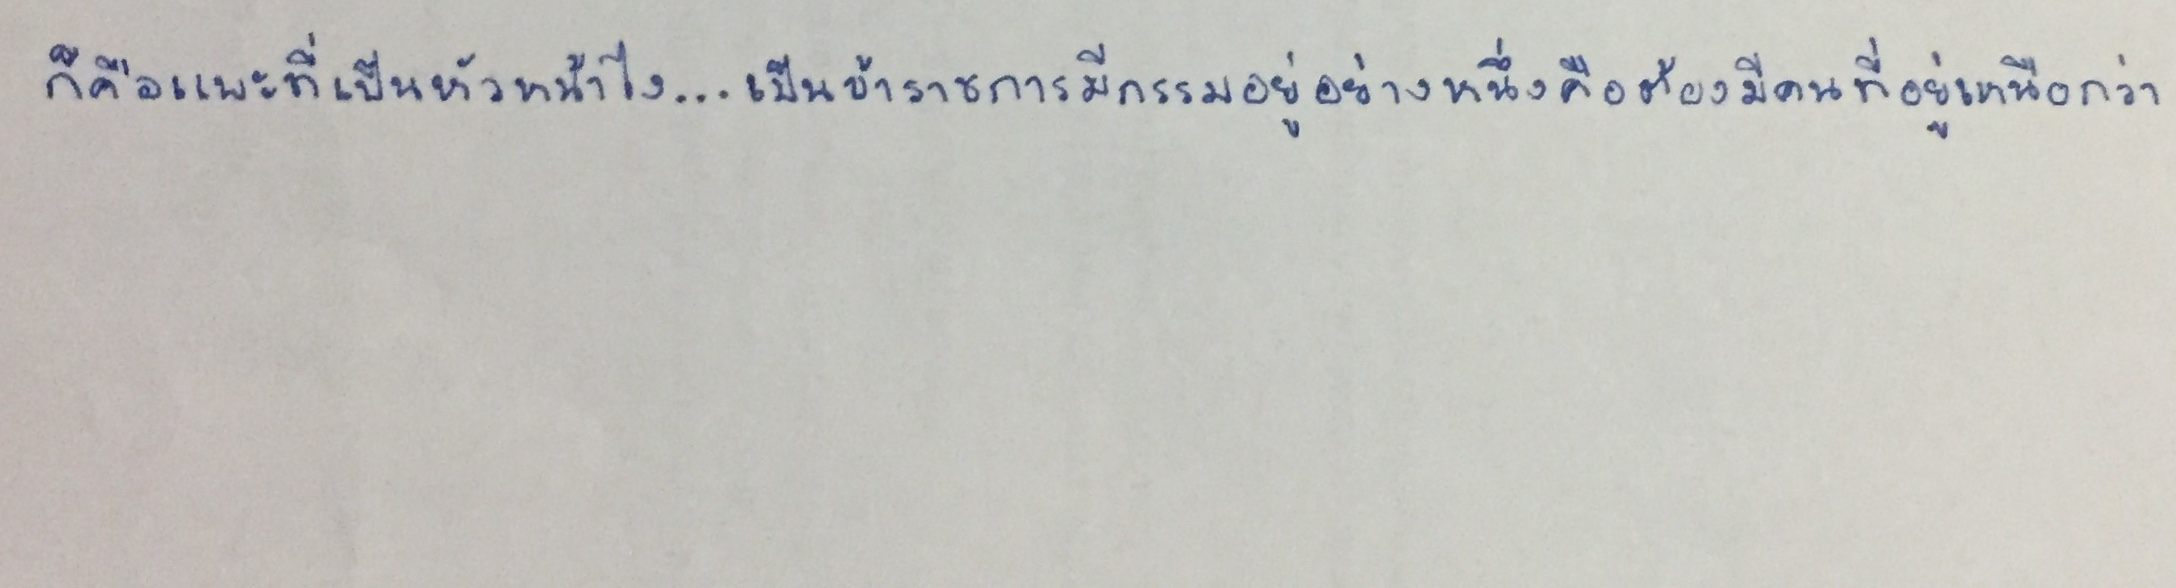
ก็คือแพะที่เป็นหัวหน้าไง...เป็นข้าราชการมีกรรมอยู่อย่างหนึ่งคือต้องมีคนที่อยู่เหนือกว่า